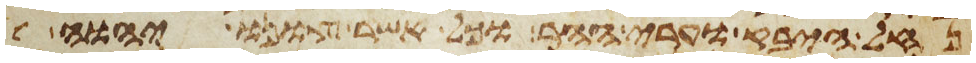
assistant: נחל היבק וערי ההר וכל אשר צונו יהוה